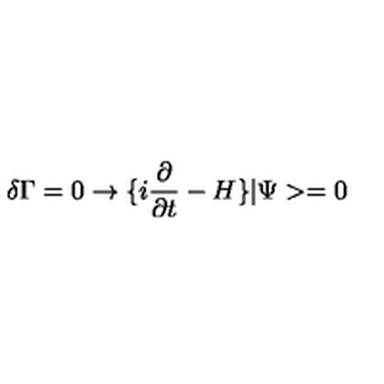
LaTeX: \delta \Gamma = 0 \rightarrow \{ i { \frac { \partial } { \partial t } } - H \} | \Psi > = 0